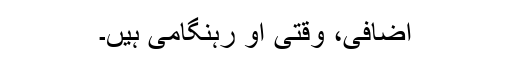
اضافی، وقتی او رہنگامی ہیں۔